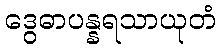
ဒွေဓာပန္နရသာယုတံ